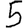
Digit: 5